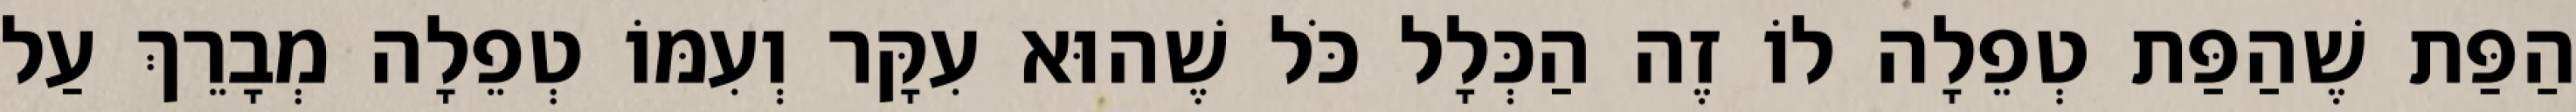
הַפַּת שֶׁהַפַּת טְפֵלָה לוֹ זֶה הַכְּלָל כֹּל שֶׁהוּא עִקָּר וְעִמּוֹ טְפֵלָה מְבָרֵךְ עַל